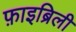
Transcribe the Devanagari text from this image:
फ़ाइब्रिली